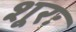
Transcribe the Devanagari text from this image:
शूरः